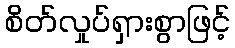
စိတ်လှုပ်ရှားစွာဖြင့်